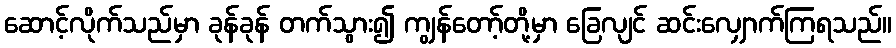
ဆောင့်လိုက်သည်မှာ ခုန်ခုန် တက်သွား၍ ကျွန်တော့်တို့မှာ ခြေလျင် ဆင်းလျှောက်ကြရသည်။